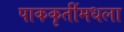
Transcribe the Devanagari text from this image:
पाककृतींमधला